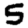
Digit: 5